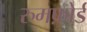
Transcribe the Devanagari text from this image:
रुमफ़ोर्ड